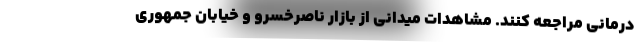
درمانی مراجعه کنند. مشاهدات میدانی از بازار ناصرخسرو و خیابان جمهوری